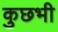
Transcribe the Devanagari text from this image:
कुछभी